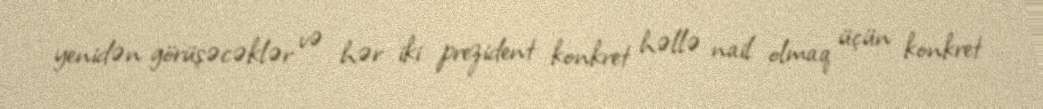
yenidən görüşəcəklər və hər iki prezident konkret həllə nail olmaq üçün konkret